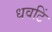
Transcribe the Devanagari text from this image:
धवटिं